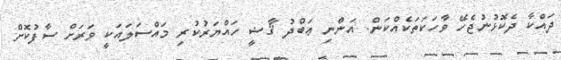
ދައްކާ ދެކޮޅުނުޖެހޭ ވާހަކަތަކެއްކަން. އަންނި ޢަބްދު ޤާޟީ ހައްޔަރުކުރި މައްސަލައަކީ ވަރަށް ސާފުކޮށް